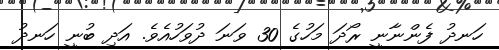
ހަނދު ފެންނާނީ ރޯދަ މަހުގެ 30 ވަނަ ދުވަހުއެވެ. އަދި ބުނީ ހަނދު